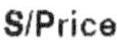
S/PRICE